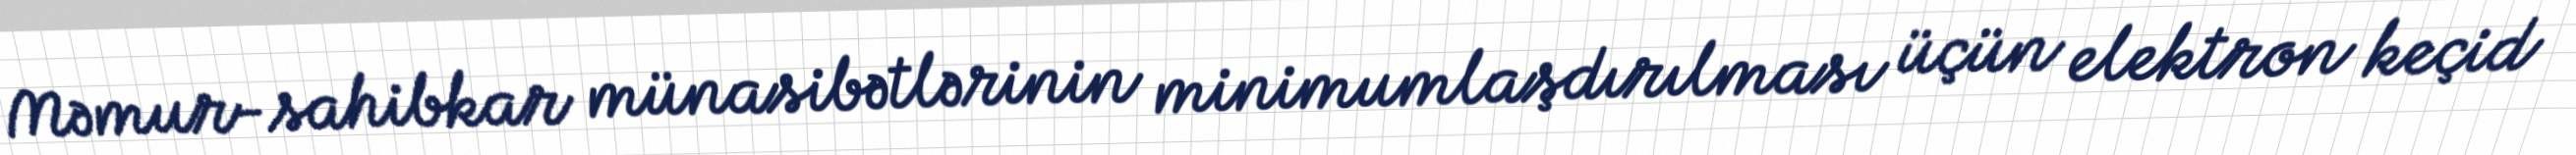
Məmur-sahibkar münasibətlərinin minimumlaşdırılması üçün elektron keçid